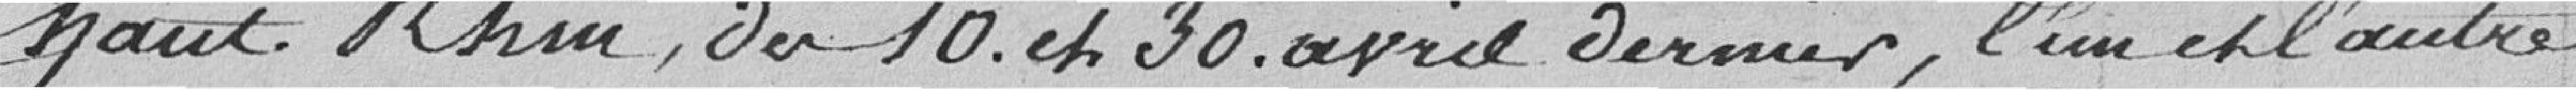
Haut Rhin, du 10 et 30 avril dernier, l'un et l'autre